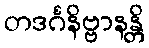
တဒင်္ဂနိဗ္ဗာနန္တိ